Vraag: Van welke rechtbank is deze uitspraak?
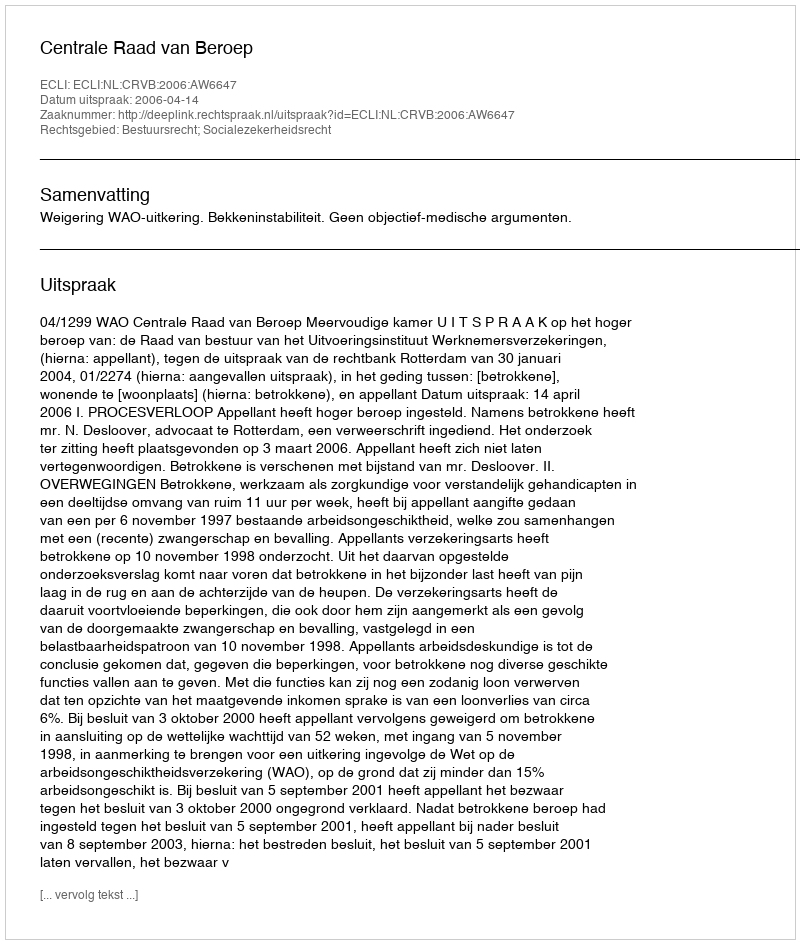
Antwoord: Centrale Raad van Beroep